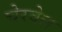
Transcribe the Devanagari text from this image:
चेरवेल